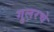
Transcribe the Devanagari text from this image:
गुलरचे